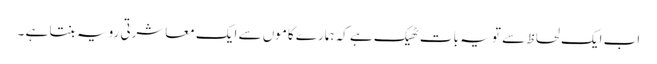
اب ایک لحاظ سے تو یہ بات ٹھیک ہے کہ ہمارے کاموں سے ایک معاشرتی رویہ بنتا ہے ۔